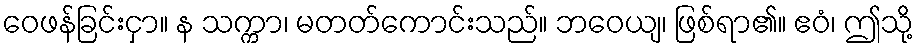
ဝေဖန်ခြင်းငှာ။ န သက္ကာ၊ မတတ်ကောင်းသည်။ ဘဝေယျ၊ ဖြစ်ရာ၏။ ဧဝံ၊ ဤသို့